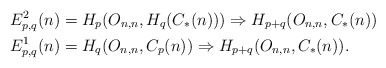
\begin{align*}E^{2}_{p,q}(n) &= H_{p}(O_{n,n}, H_{q}(C_{*}(n))) \Rightarrow H_{p+q}(O_{n,n}, C_{*}(n)) \\E^{1}_{p,q}(n) &= H_{q}(O_{n,n}, C_{p}(n)) \Rightarrow H_{p+q}(O_{n,n}, C_{*}(n)). \end{align*}